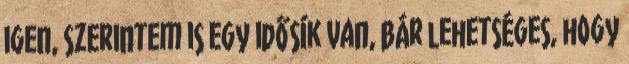
igen, szerintem is egy idősík van, bár lehetséges, hogy